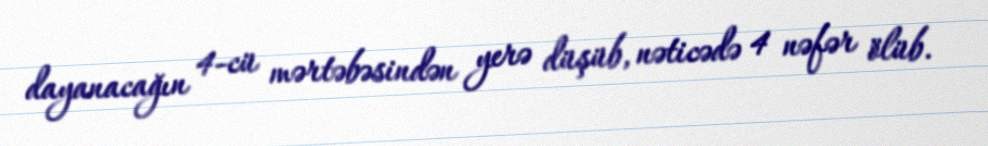
dayanacağın 4-cü mərtəbəsindən yerə düşüb, nəticədə 4 nəfər ölüb.